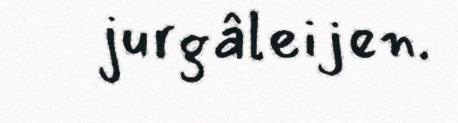
jurgâleijen.